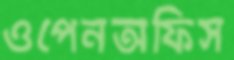
ওপেনঅফিস